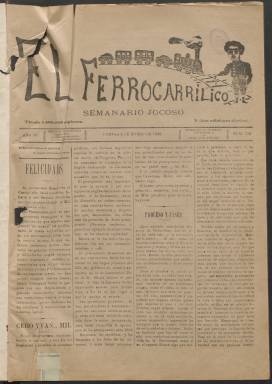
Título: El Ferrocarrilico (Cuevas)
Colección: Periódicos
Ámbito geográfico: Almería
Lugar de publicación: Cuevas [Almería]
Fechas: 04/01/1908-18/02/1913